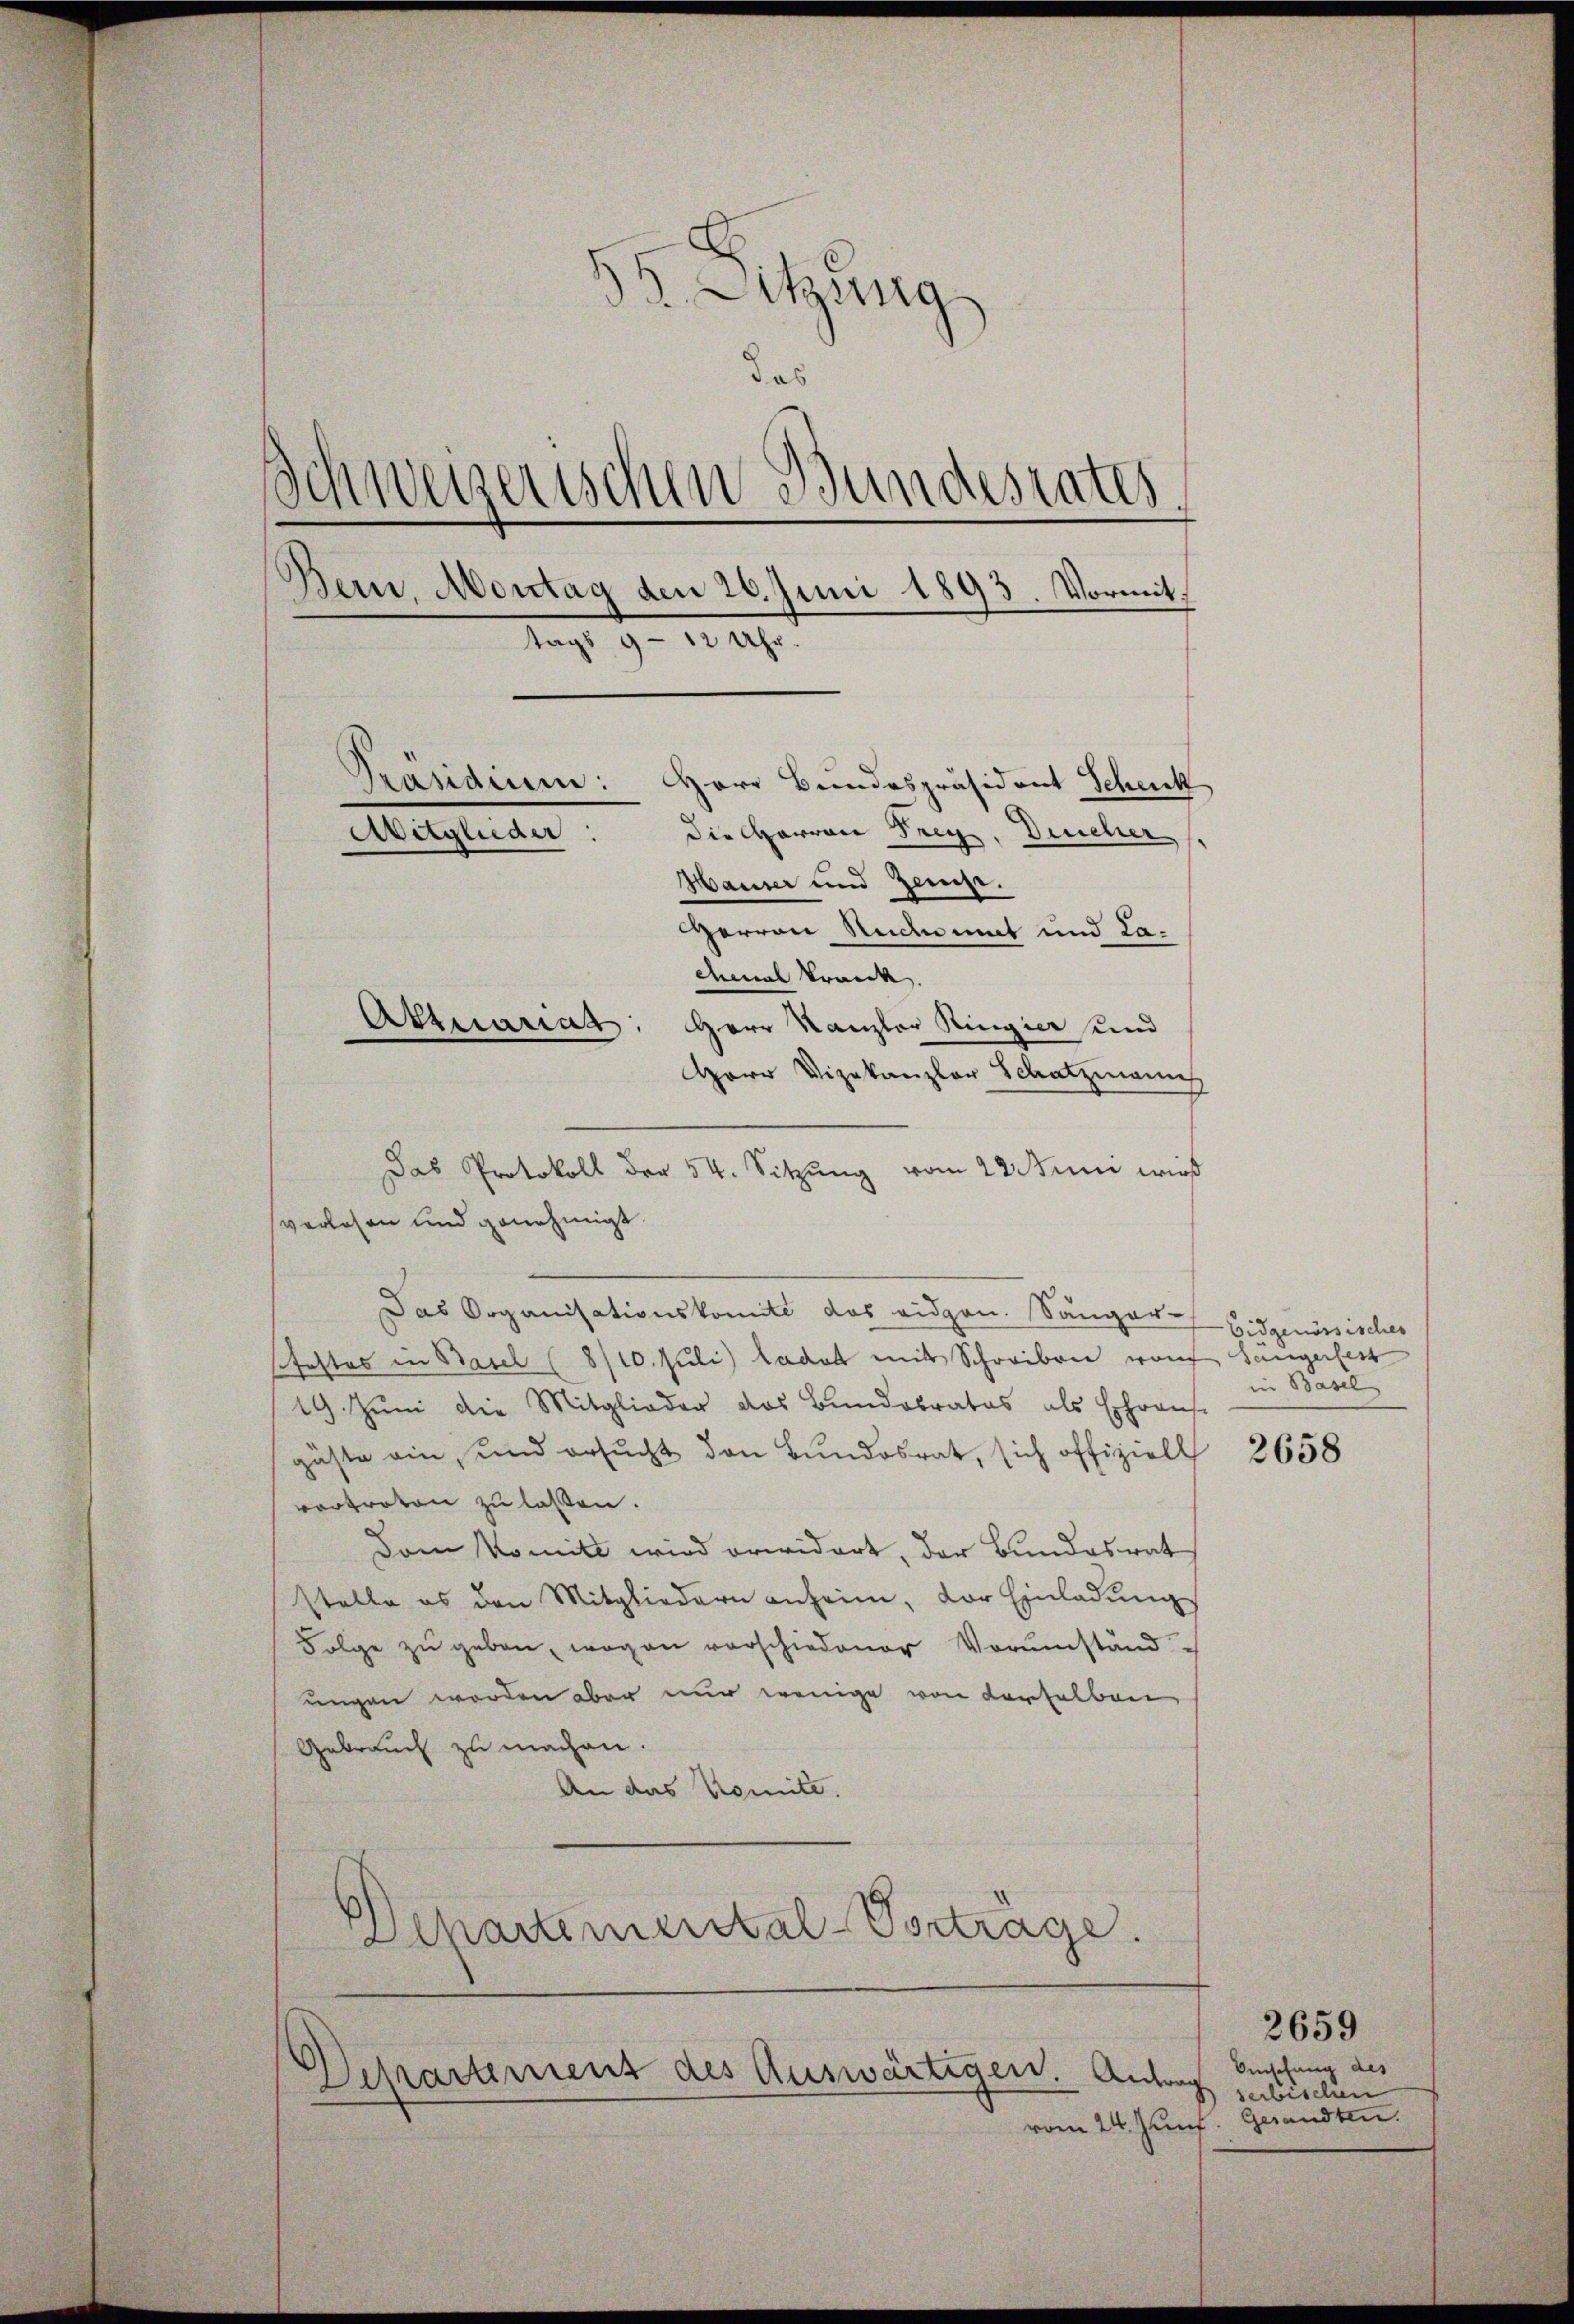
Sitzung
das
Schweizerischen Bundestates,
Bern, Montag den 26. Juni 1893. Vormittags 9 - 12 Uhr.
Präsidium: Herr Bundespräsident Schick
die Harron Seeg, Deucher
Aitglieder:
Hauser und Zeuge.
Herren Recheint und Lacinal Trancke.
Aktuariat: Herr Kanzler Ringier und
Herr Vizekanzler Schatzmanns

c
Das Protokoll der 54. Sitzung vom 22. Juni wird
verlesen und genehmigt.
Das Organisationskomite das eidgen. Sänger-
festes in Basel (8/10. Juli) ladet mit Schreiben von
19. Juni die Mitglieder das Bundesrates als Ehrens.
gäste ein, und ersucht den Bundesrat, sich offiziell
vortreten zu laßen.
Dam Komitt wird erwidert, der Bundesrat
stelle es den Mitgliedern anheim, vor Einladung
Folge zŭ geben, wogen vorschiedener Vorŭmständ-
ungen worden aber nur wenige von derselben
Gebrauch zu machen.
An das Komite.
Departemental-Vorträge.

vom 24. Juni

Departement des Auswärtigen. Anton

Eidgenössisches
Sängerfest
in Basel

2658

Ansehung des
serbischen
t. Gesandten.

2659